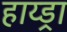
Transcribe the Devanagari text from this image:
हाय्ड्रा